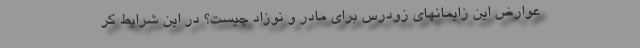
عوارض این زایمانهای زودرس برای مادر و نوزاد چیست؟ در این شرایط کر